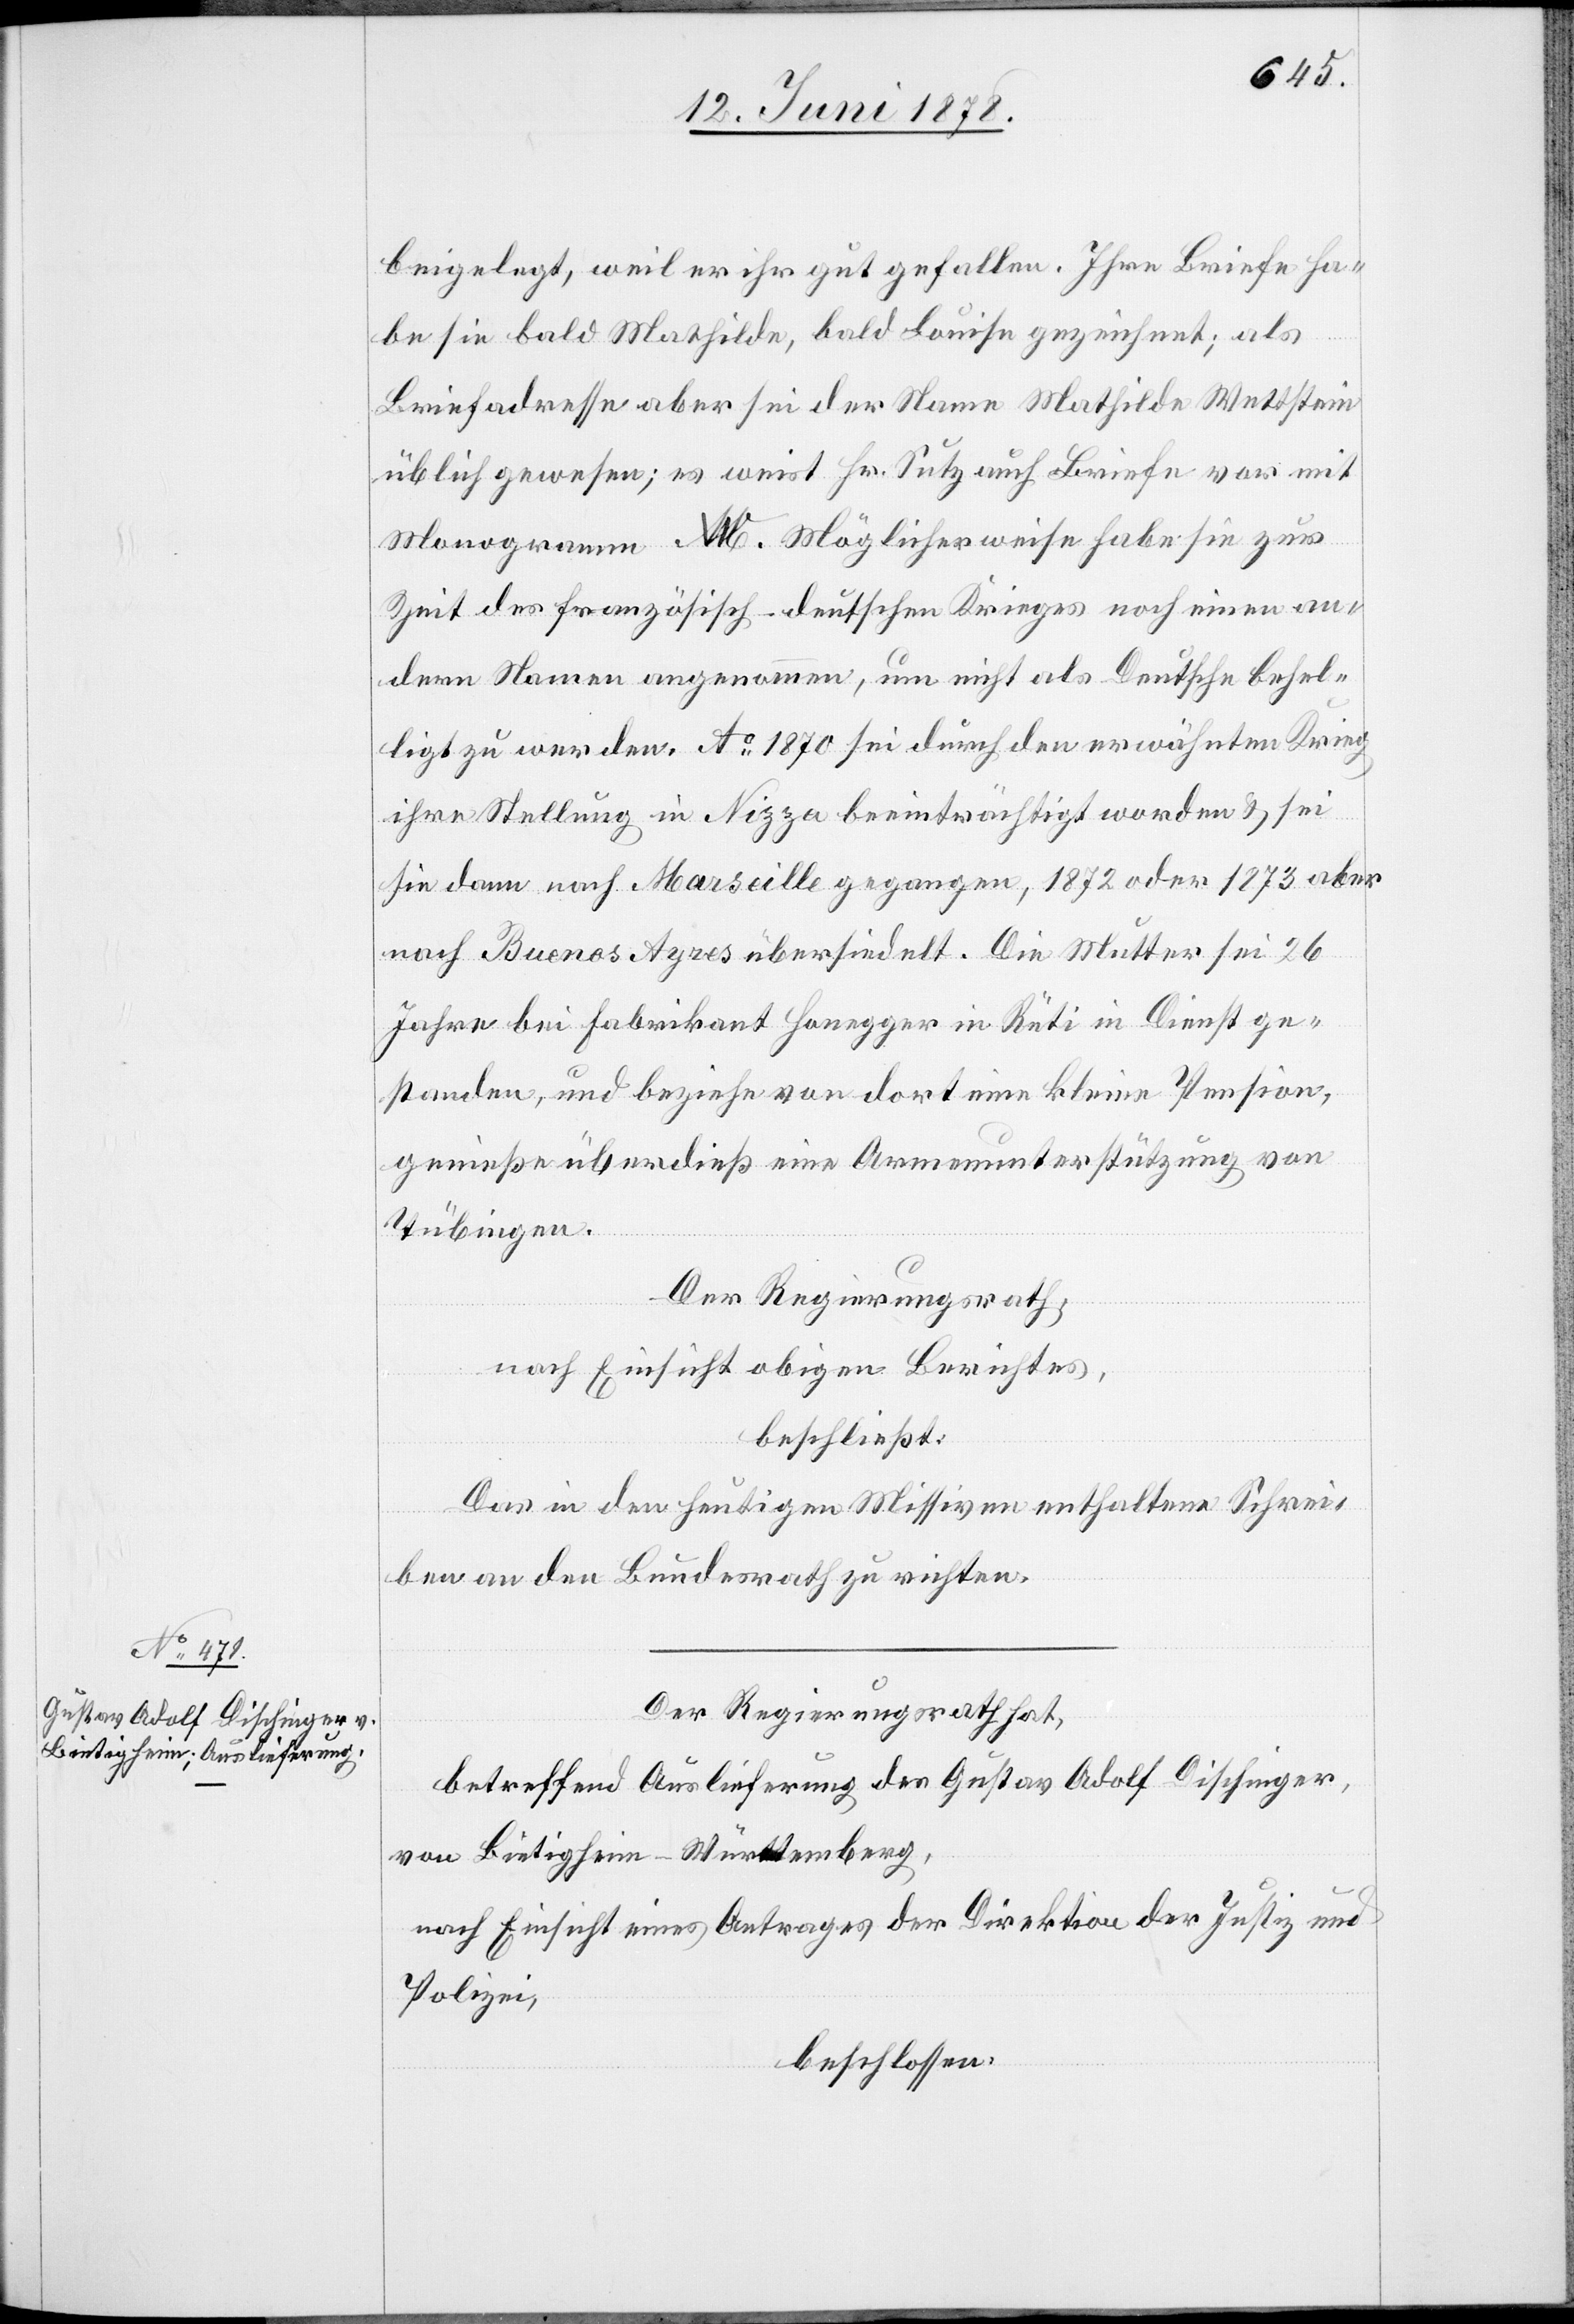
12. Juni 1878.]
beigelegt, weil er ihr gut gefallen. Ihre Briefe ha¬
be sie bald Mathilde, bald Louise gezeichnet; als
Briefadresse aber sei der Name Mathilde Wettstein
üblich gewesen; es weist Hr. Sutz auch Briefe vor mit
Monogramm MW [s. O.]. Möglicherweise habe sie zur
Zeit des französisch-deutschen Krieges noch einen an¬
dern Namen angenommen, um nicht als Deutsche behel¬
ligt zu werden. Ao 1870 sei durch den erwähnten Krieg
ihre Stellung in Nizza beeinträchtigt worden & sei
sie dann nach Marseille gegangen, 1872 oder 1873 aber
nach Buenos Ayres übersiedelt. Die Mutter sei 26
Jahre bei Fabrikant Honegger in Rüti in Dienst ge¬
standen, und beziehe von dort eine kleine Pension,
genieße überdieß eine Armenunterstützung von
Tübingen.
Der Regierungsrath,
nach Einsicht obigen Berichtes,
beschließt:
Das in den heutigen Missiven enthaltene Schrei¬
ben an den Bundesrath zu richten.
Der Regierungsrath hat,
betreffend Auslieferung des Gustav Adolf Dischinger,
von Bietigheim - Württemberg,
nach Einsicht eines Antrages der Direktion der Justiz und
Polizei,
beschlossen: